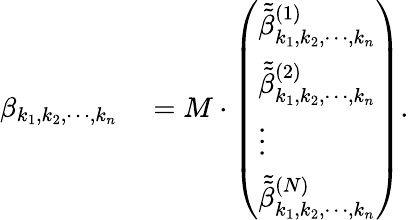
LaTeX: \begin{array}{rl}{\beta_{k_{1},k_{2},\cdots,k_{n}}}&{{}=M\cdot\left(\begin{array}{l}{\tilde{\tilde{\beta}}_{k_{1},k_{2},\cdots,k_{n}}^{(1)}}\\ {\tilde{\tilde{\beta}}_{k_{1},k_{2},\cdots,k_{n}}^{(2)}}\\ {\vdots}\\ {\tilde{\tilde{\beta}}_{k_{1},k_{2},\cdots,k_{n}}^{(N)}}\end{array}\right).}\end{array}